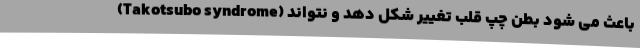
(Takotsubo syndrome) باعث می شود بطن چپ قلب تغییر شکل دهد و نتواند